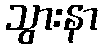
သွားနာ